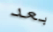
بعد